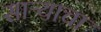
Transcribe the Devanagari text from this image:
साऱ्याचा